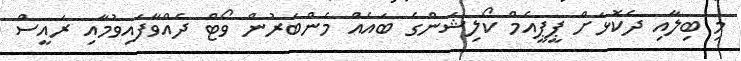
މި ބިލާއި ދެކޮޅަށް ޕީޕީއެމް ކޯލިޝަންގެ ބައެއް މެންބަރުން ވޯޓް ދެއްވާފައިވުމާއި ރައީސް